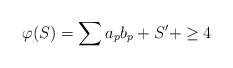
LaTeX: \begin{align*}\varphi(S)=\sum a_pb_p+S'+ \ge4\end{align*}